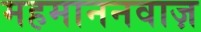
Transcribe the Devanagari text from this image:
महमाननवाज़